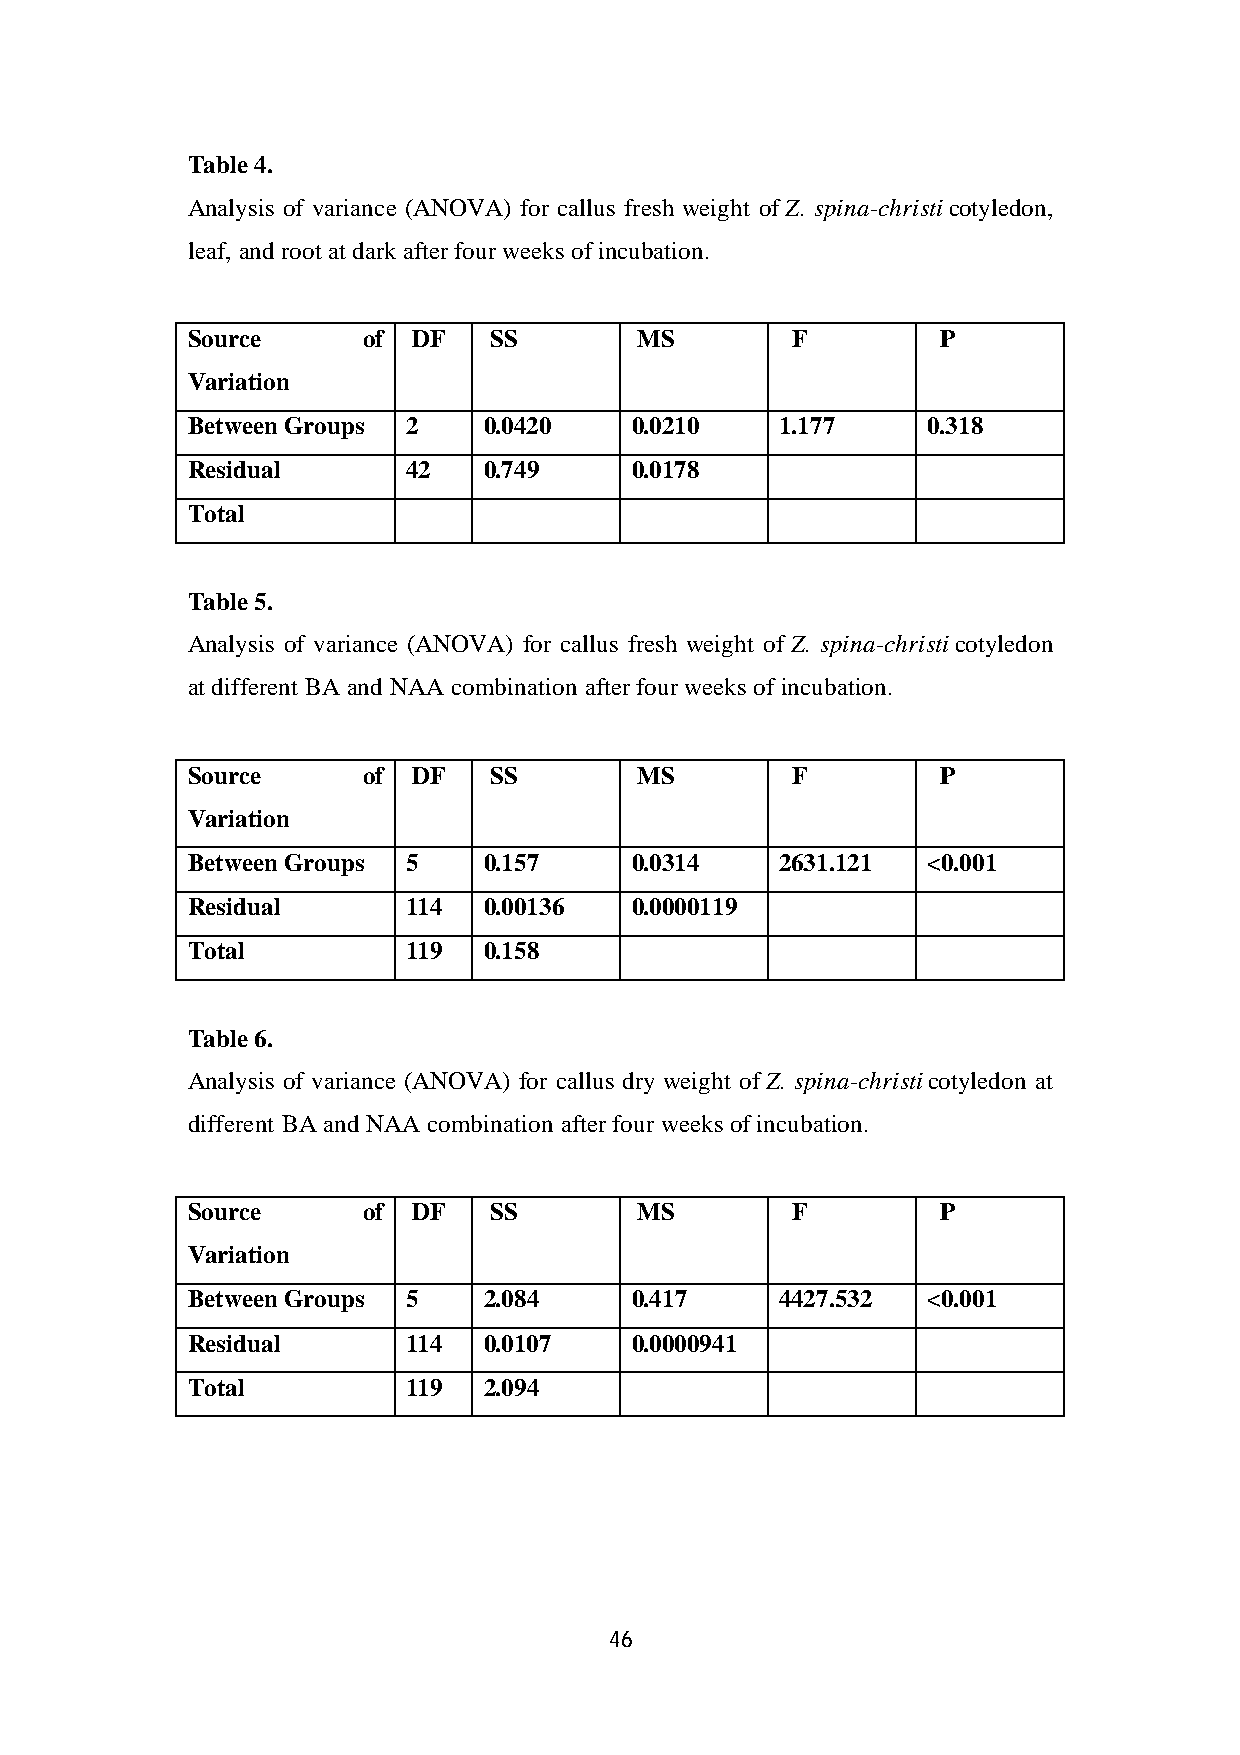
Table 4.
 Analysis of variance (ANOVA) for callus fresh weight of Z. spina-christi cotyledon,
 leaf, and root at dark after four weeks of incubation.
 Source of      DF   SS        MS        F         P
 Variation
 Between Groups 2    0.0420    0.0210    1.177    0.318
 Residual       42   0.749     0.0178
 Total
 Table 5.
 Analysis of variance (ANOVA) for callus fresh weight of Z. spina-christi cotyledon
 at different BA and NAA combination after four weeks of incubation.
 Source of      DF   SS        MS        F         P
 Variation
 Between Groups 5    0.157     0.0314    2631.121 <0.001
 Residual       114  0.00136   0.0000119
 Total          119  0.158
 Table 6.
 Analysis of variance (ANOVA) for callus dry weight of Z. spina-christi cotyledon at
 different BA and NAA combination after four weeks of incubation.
 Source of      DF   SS        MS        F         P
 Variation
 Between Groups 5    2.084     0.417     4427.532 <0.001
 Residual       114  0.0107    0.0000941
 Total          119  2.094
 46